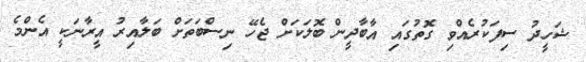
ޝަހީދު ސިފަކުރެއްވި ގޮތުގައި އާބާދީން ބޮލަކަށް ޖެހޭ ނިސްބަތަށް ބަލާއިރު އީރާނަކީ އެންމެ